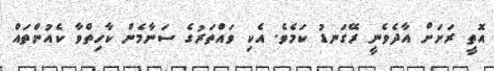
އޮތީ ރަށަށް އާދެވެނީ ރޭގަނޑު ކަމެވެ. އެކި ވައްތަރުގެ ސަނާމެން ކާހިތްވާ ކެއުންތައް